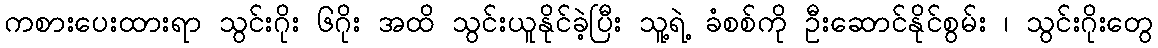
ကစားပေးထားရာ သွင်းဂိုး ၆ဂိုး အထိ သွင်းယူနိုင်ခဲ့ပြီး သူ့ရဲ့ ခံစစ်ကို ဦးဆောင်နိုင်စွမ်း ၊ သွင်းဂိုးတွေ